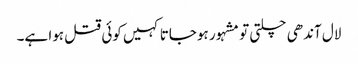
لال آندھی چلتی تو مشہور ہوجاتا کہیں کوئی قتل ہوا ہے۔